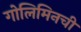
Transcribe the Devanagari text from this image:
गोलिमिनची